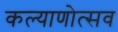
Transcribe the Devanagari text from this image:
कल्याणोत्सव